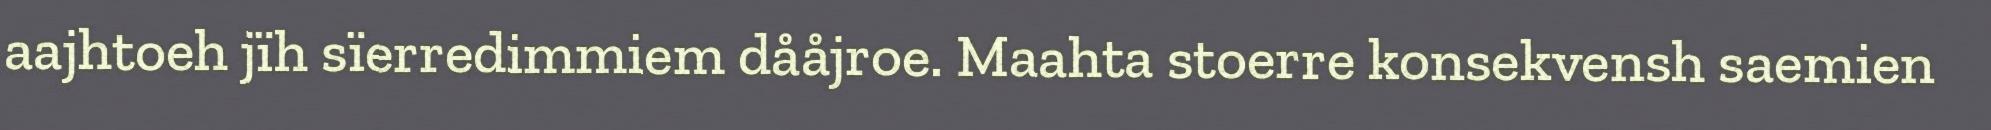
aajhtoeh jïh sïerredimmiem dååjroe. Maahta stoerre konsekvensh saemien